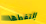
إلتقطها